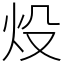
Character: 炈